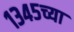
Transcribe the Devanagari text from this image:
१३४५च्या